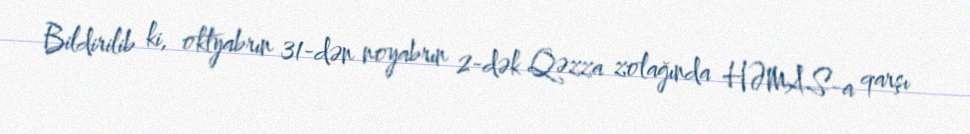
Bildirilib ki, oktyabrın 31-dən noyabrın 2-dək Qəzza zolağında HƏMAS-a qarşı